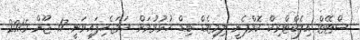
ސްޓޭޓް އިލެކްޓްރިކް ކޮމްޕެނީ ލިމިޓެޑް ބިޑް ހުޅުވުމަށް ހަމަޖެހިފައިވަނީ 17 ޖޫން 2015